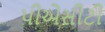
પીએસીટી